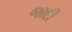
જાદી